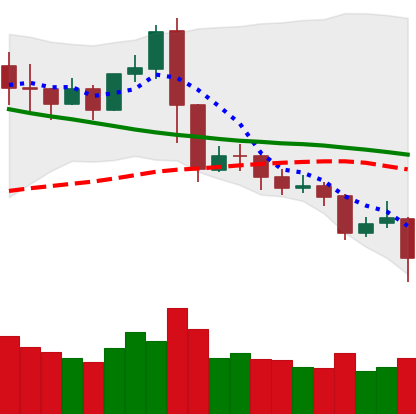
Ticker: XRP-USD
Chart end date: 2019-11-18
Forward return: -7.614%
Label: down_7plus